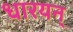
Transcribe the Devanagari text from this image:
धारयन्